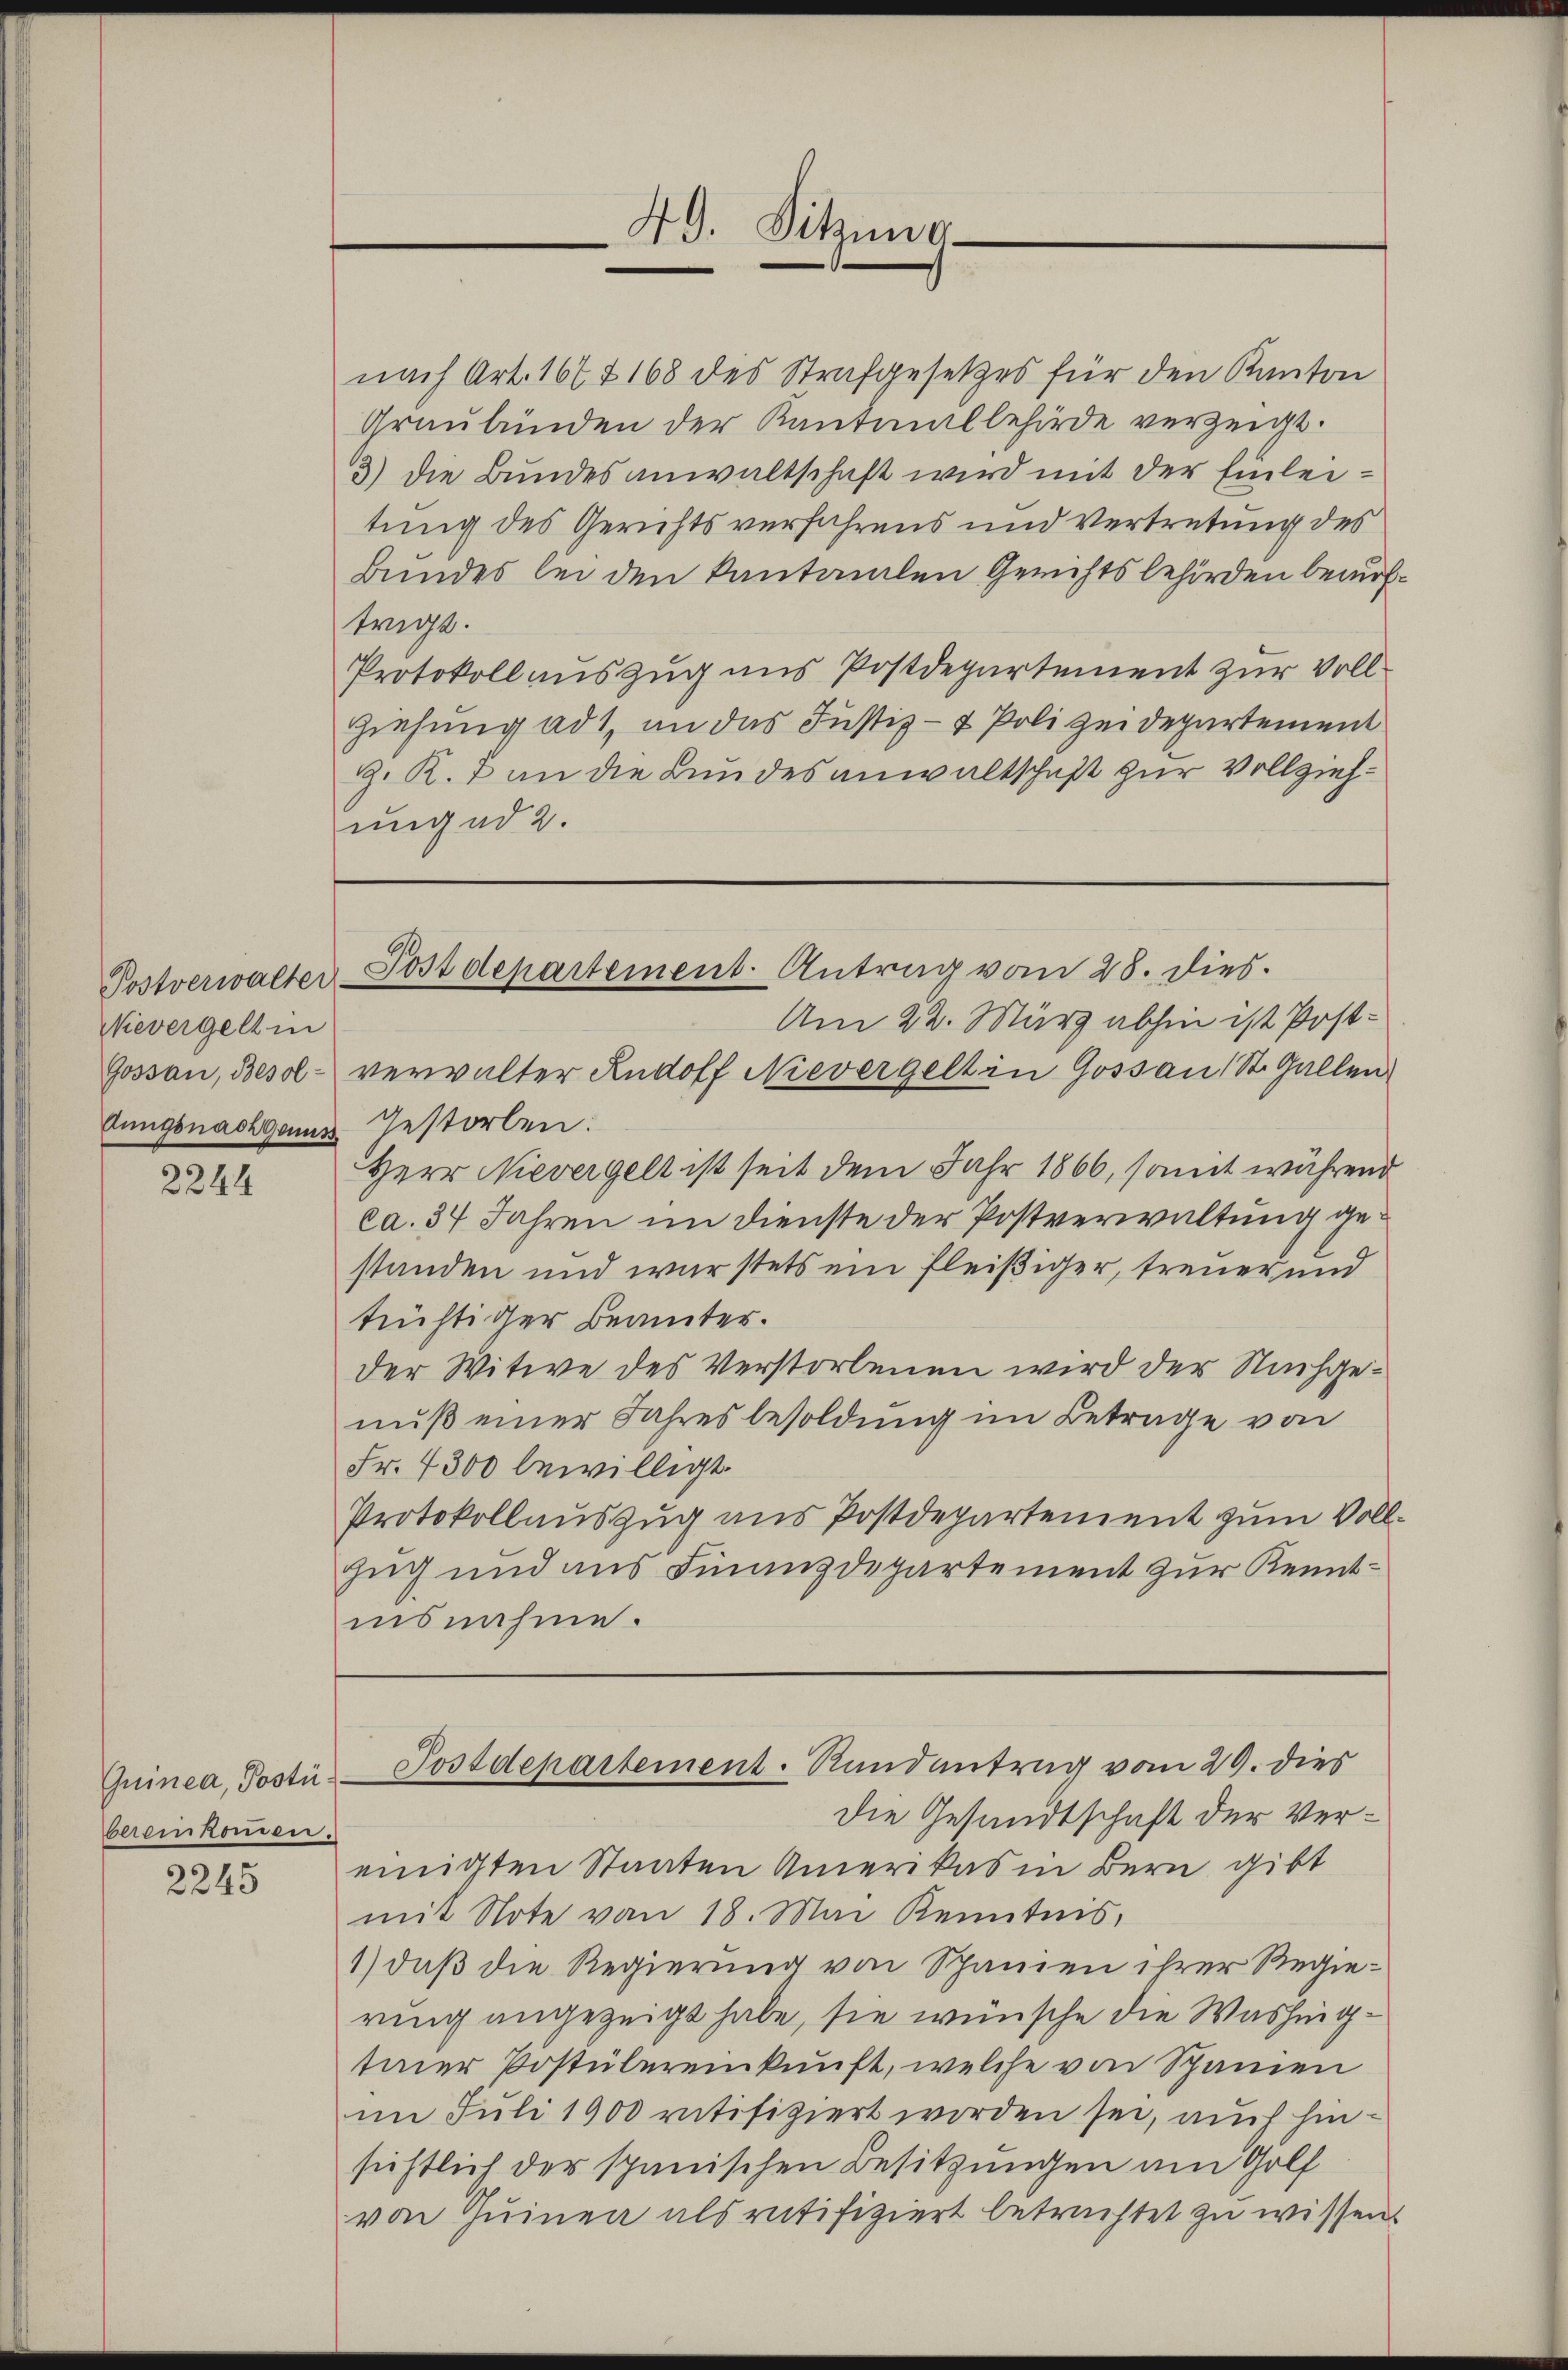
Nievergell in
Gossau, Besol¬
Anngsnachgenus

2244

bereinkommen.

2245

49. Sitzung

nach Art. 167 f 168 des Strafgesetzes für den Kanton
Graubünden der Kantonalbehörde verzeigt.
3) die Bundesanwaltschaft wird mit der Einleitung des Gerichtsverfahrens und Vertretung des
Bundes bei den kantonalen Gerichtsbehörden beauftrigt.
Protokoll auszug uns Postdepartement zur Voll¬
Ziehung ad 1., an das Justiz- & Polizeidepartement
g. K. & an die Bundesanwaltschaft zur Vollziehung ad 2.

Am 22. März abhin ist Post-
verwalter Rudolf Nievergelt in Gossau St. Gallen
Gestorben:
3
HHerr Nievergelt ist seit dem Jahr 1866, somit während
ca. 34 Jahren im Dienste der Postverwaltung gestanden und war stets ein fleißiger, treuer und
tüchtiger Beamter.
der Witwe des Verstorbenen wird der Nachgenuß einer Jahres besoldung im Betrage von
Fr. 4300 bewilligt.
Protokollauszug aus Postdepartement zum Voll¬
Zug und aus Finanzdepartement zur Kenntinsnahme.

Postverwalter-Postdepartement. Antrag vom 28. dies.

Die Gesandtschaft der Vereinigten Staaten Amerikas in Bern gibt
mit Note von 18. Mai Kenntnis,
1) daß die Regierung von Spanien ihrer Regierung angezeigt habe, sie wünsche die Washingtiner Postülereinkunft, welche von Spanien
im Juli 1900 ratifiziert worden sei, auch hinsichtlich der spanischen Besitzungen am Golf
von Quinen als ratifiziert betrachtet zu wissen.

Quinca, Posti-Postdepartement. Randantrag vom 29. dies